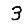
Digit: 3